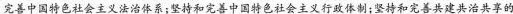
完善中国特色社会主义法治体系；坚持和完善中国特色社会主义行政体制；坚持和完善共建共治共享的